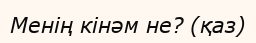
Менің кінәм не? (қаз)